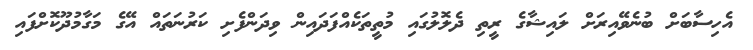
އެހިސާބަށް ބުނެވޭއިރަށް ލައިޝާގެ ރީތި ދެލޮލުގައި މުތީތަކެއްފަދައިން ވިދަންފެށި ކަރުނަތައް އޭގެ މަގާމުދޫކޮށްފައި